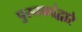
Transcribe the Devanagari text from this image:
पुस्तकांद्वारे